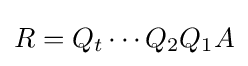
R=Q_{t}\cdots Q_{2}Q_{1}A